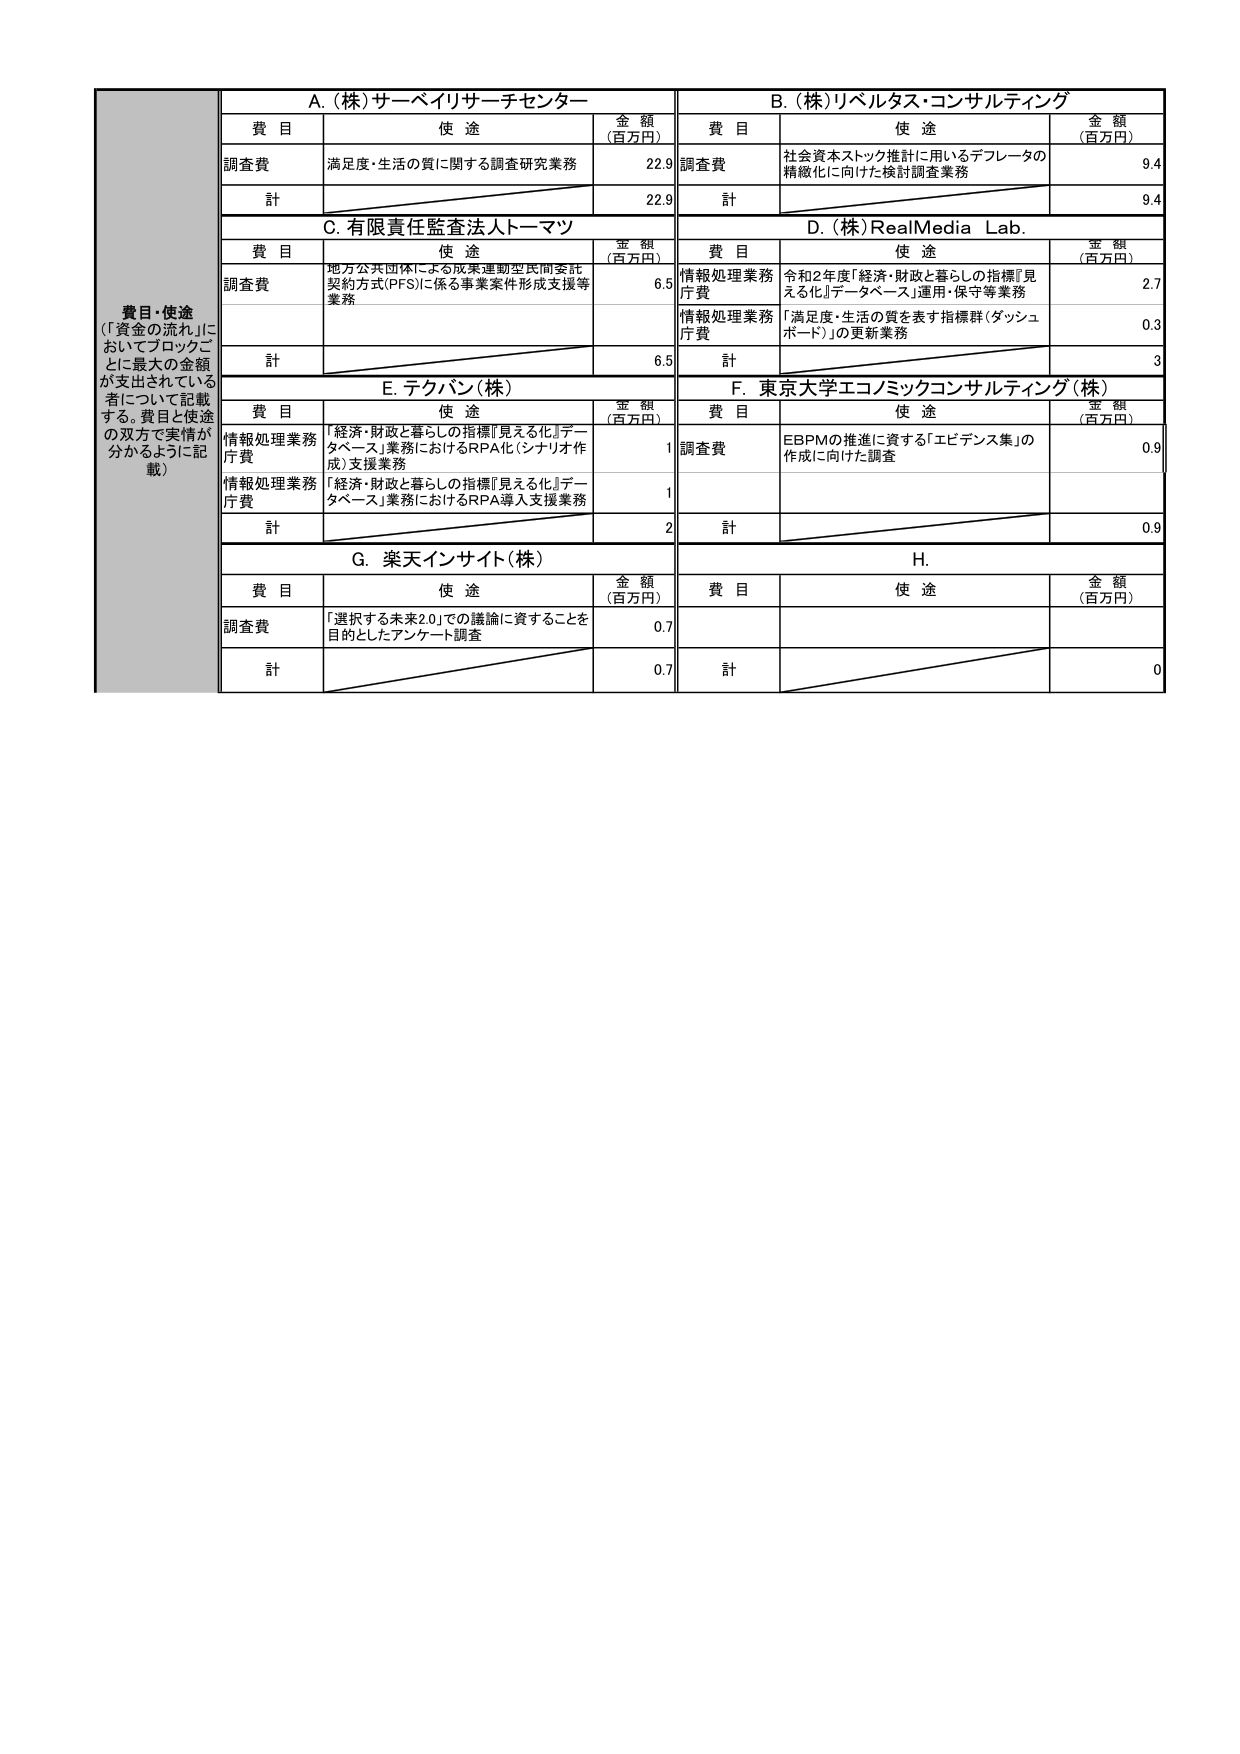
費目・使途
（「資金の流れ」においてブロックごとに最大の金額が支出されている者について記載する。費目と使途の双方で実情が分かるように記載）

A.（株）サーベイリサーチセンター
費目　　使途　　金額（百万円）
調査費　満足度・生活の質に関する調査研究業務　22.9
計　　　　　　　　　　　　　　　　　　　　　22.9

B.（株）リベルタス・コンサルティング
費目　　使途　　金額（百万円）
調査費　社会資本ストック推計に用いるデフレータの精緻化に向けた検討調査業務　9.4
計　　　　　　　　　　　　　　　　　　　　　9.4

C. 有限責任監査法人トーマツ
費目　　使途　　金額（百万円）
調査費　地方公共団体による成果連動型民間委託契約方式（PFS）に係る事業案件形成支援等業務　6.5
計　　　　　　　　　　　　　　　　　　　　　6.5

D.（株）RealMedia Lab.
費目　　使途　　金額（百万円）
情報処理業務庁費　令和2年度「経済・財政と暮らしの指標『見える化』データベース」運用・保守等業務　2.7
情報処理業務庁費　「満足度・生活の質を表す指標群（ダッシュボード）」の更新業務　0.3
計　　　　　　　　　　　　　　　　　　　　　3

E. テクバン（株）
費目　　使途　　金額（百万円）
情報処理業務庁費　「経済・財政と暮らしの指標『見える化』データベース」業務におけるRPA化（シナリオ作成）支援業務　1
情報処理業務庁費　「経済・財政と暮らしの指標『見える化』データベース」業務におけるRPA導入支援業務　1
計　　　　　　　　　　　　　　　　　　　　　2

F. 東京大学エコノミックコンサルティング（株）
費目　　使途　　金額（百万円）
調査費　EBPMの推進に資する「エビデンス集」の作成に向けた調査　0.9
計　　　　　　　　　　　　　　　　　　　　　0.9

G. 楽天インサイト（株）
費目　　使途　　金額（百万円）
調査費　「選択する未来2.0」での議論に資することを目的としたアンケート調査　0.7
計　　　　　　　　　　　　　　　　　　　　　0.7

H.
費目　　使途　　金額（百万円）
計　　　　　　　　　　　　　　　　　　　　　0